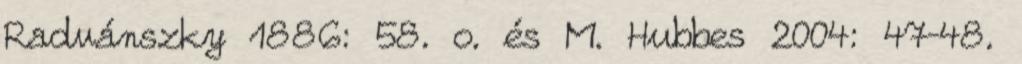
Radvánszky 1886: 58. o. és M. Hubbes 2004: 47–48.